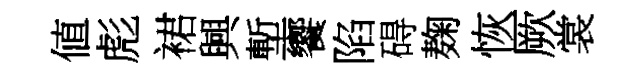
値彪裙興塹饗陷碍麹恢厥裳